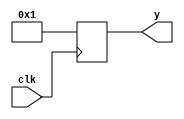
module testDeslocamento(clk, y);
	input clk;
	output reg [0:3] y;
	
	
	always@ (posedge clk) y = + 1;
endmodule